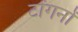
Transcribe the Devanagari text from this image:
टोंगनों